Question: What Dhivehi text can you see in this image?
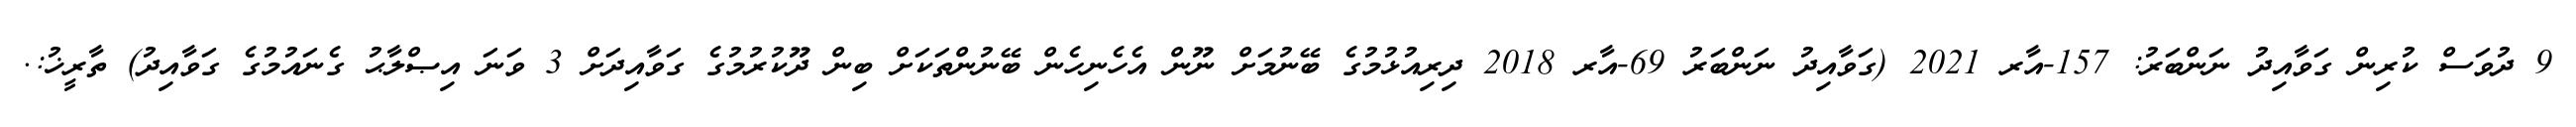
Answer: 9 ދުވަސް ކުރިން ގަވާއިދު ނަންބަރު: 157-އާރ 2021 (ގަވާއިދު ނަންބަރު 69-އާރ 2018 ދިރިއުޅުމުގެ ބޭނުމަށް ނޫން އެހެނިހެން ބޭނުންތަކަށް ބިން ދޫކުރުމުގެ ގަވާއިދަށް 3 ވަނަ އިޞްލާޙު ގެނައުމުގެ ގަވާއިދު) ތާރީޚު:.